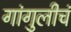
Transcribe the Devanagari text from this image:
गांगुलीचं